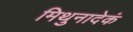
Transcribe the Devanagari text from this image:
मिथुनादेकं